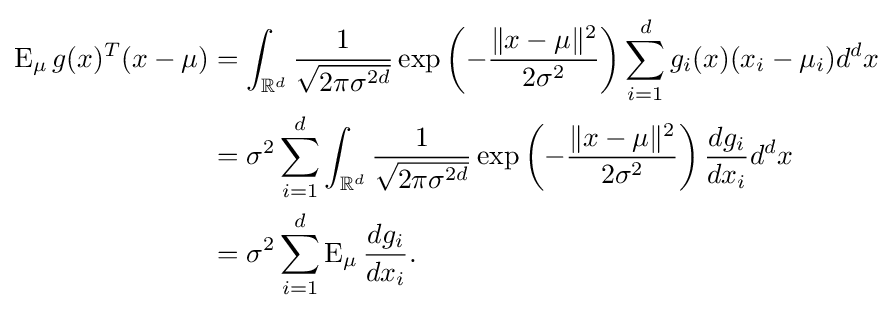
{\begin{aligned}\operatorname {E} _{\mu }g(x)^{T}(x-\mu )&=\int _{{\mathbb {R} }^{d}}{\frac {1}{\sqrt {2\pi \sigma ^{2d}}}}\exp \left(-{\frac {\|x-\mu \|^{2}}{2\sigma ^{2}}}\right)\sum _{i=1}^{d}g_{i}(x)(x_{i}-\mu _{i})d^{d}x\\&=\sigma ^{2}\sum _{i=1}^{d}\int _{{\mathbb {R} }^{d}}{\frac {1}{\sqrt {2\pi \sigma ^{2d}}}}\exp \left(-{\frac {\|x-\mu \|^{2}}{2\sigma ^{2}}}\right){\frac {dg_{i}}{dx_{i}}}d^{d}x\\&=\sigma ^{2}\sum _{i=1}^{d}\operatorname {E} _{\mu }{\frac {dg_{i}}{dx_{i}}}.\end{aligned}}